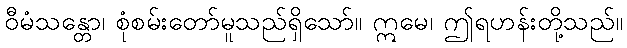
ဝီမံသန္တော၊ စုံစမ်းတော်မူသည်ရှိသော်။ ဣမေ၊ ဤရဟန်းတို့သည်။